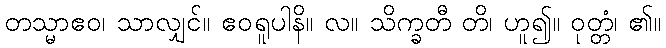
တသ္မာဧဝ၊ သာလျှင်။ ဧဝရူပါနိ။ လ။ သိက္ခတီ တိ၊ ဟူ၍။ ဝုတ္တံ၊ ၏။